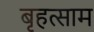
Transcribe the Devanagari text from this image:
बृहत्साम